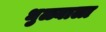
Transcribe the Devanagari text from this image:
धुळ्याला